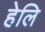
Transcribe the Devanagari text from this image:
हेलि